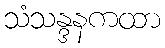
သံသန္ဒနကထာ